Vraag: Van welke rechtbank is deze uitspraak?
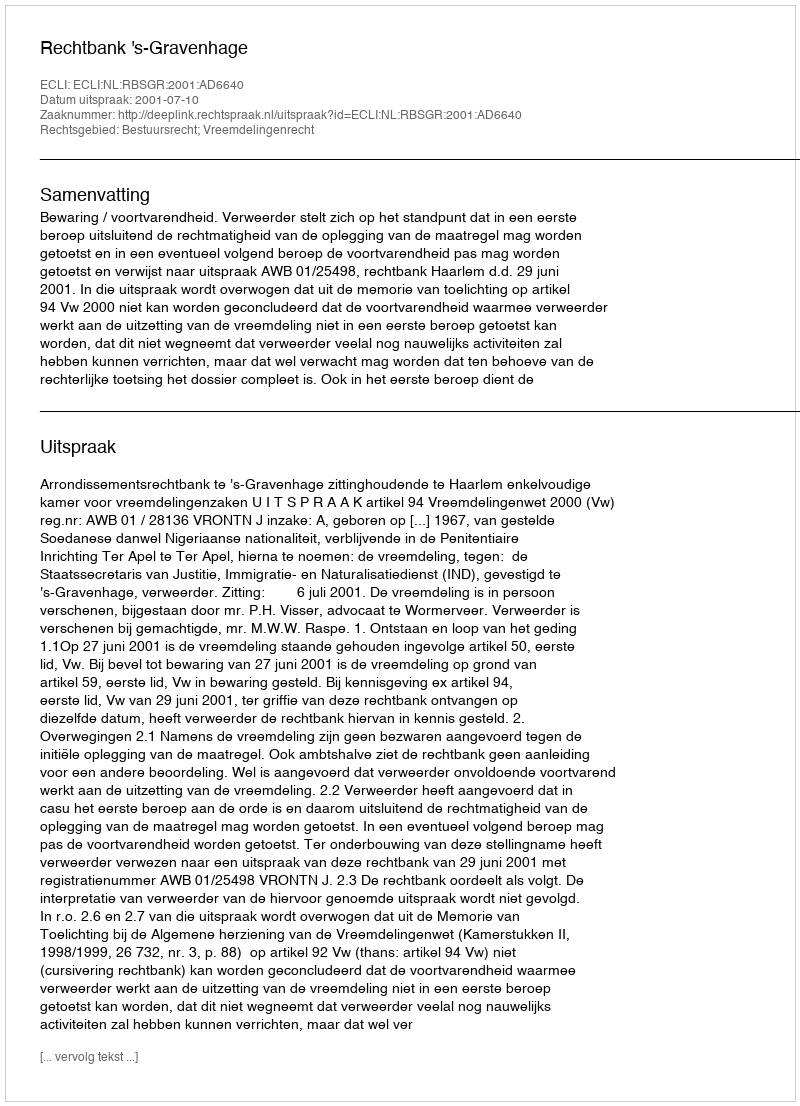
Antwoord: Rechtbank 's-Gravenhage